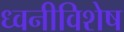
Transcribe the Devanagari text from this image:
ध्वनीविशेष